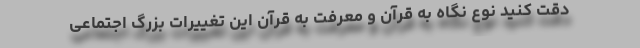
دقت کنید نوع نگاه به قرآن و معرفت به قرآن این تغییرات بزرگ اجتماعی